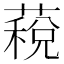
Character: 𮑏